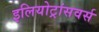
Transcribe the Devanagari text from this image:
इलियोट्रांसवर्स